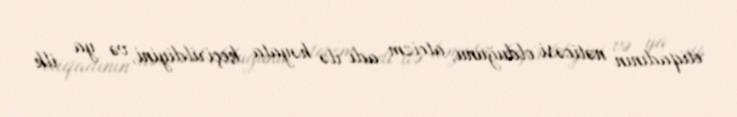
etiqadının nəticəsi olduğunu, ateizm adı ilə həyata keçirildiyini, və ya ilk